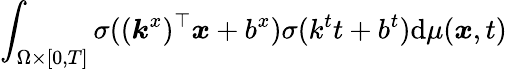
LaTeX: \int_{\Omega\times[0,T]}\sigma((\boldsymbol{k}^{x})^{\top}\boldsymbol{x}+b^{x})\sigma(k^{t}t+b^{t})\mathrm{d}\mu(\boldsymbol{x},t)